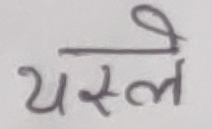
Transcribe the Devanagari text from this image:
यसले